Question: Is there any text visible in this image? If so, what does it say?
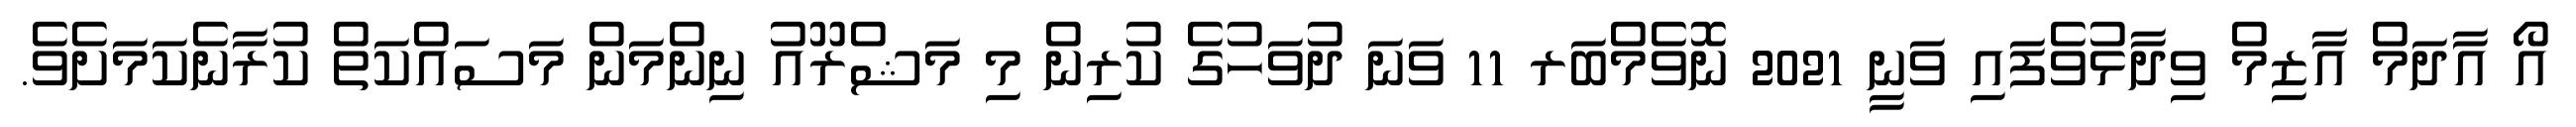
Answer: އޯ އާދަމް އާޒިމް ވިދާޅުވެފައި ވަނީ 2021 ނޮވެމްބަރ 11 ވަނަ ދުވަހުގެ ކުރިން މި މަޝްރޫއު ނިންމަން މަސައްކަތް ކުރާނެކަމަށެވެ.